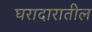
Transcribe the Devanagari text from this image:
घरादारातील